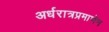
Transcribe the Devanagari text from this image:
अर्धरात्रप्रमाणेन